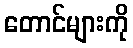
တောင်များကို